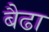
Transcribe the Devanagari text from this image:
बैढा